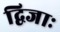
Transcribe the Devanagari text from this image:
द्विजाः